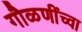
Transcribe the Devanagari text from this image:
गौळणींच्वा